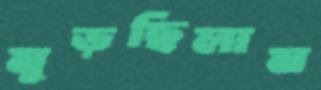
মুড়ছিলাম